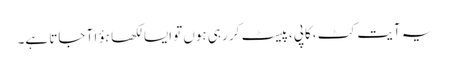
یہ آیت کٹ ،کاپی ،پیسٹ کر رہی ہوں تو ایسا لکھا ہؤا آ جاتا ہے۔